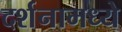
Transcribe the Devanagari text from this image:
दर्शनामध्ये